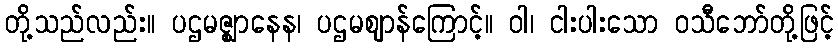
တို့သည်လည်း။ ပဌမဇ္ဈာနေန၊ ပဌမဈာန်ကြောင့်။ ဝါ၊ ငါးပါးသော ဝသီဘော်တို့ဖြင့်